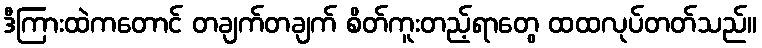
ဒီကြားထဲကတောင် တချက်တချက် စိတ်ကူးတည့်ရာတွေ ထထလုပ်တတ်သည်။